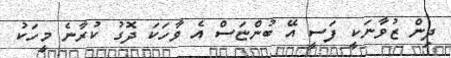
ދިން ޒުވާނަކީ ފަސީ އޭ ބުންޏަސް އެ ވާހަކަ ދޮގު ކުރާނެ މީހަކު